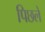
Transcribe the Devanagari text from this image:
पिछले